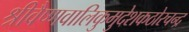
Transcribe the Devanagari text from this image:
श्रीवैष्णवालिकुमुदेशकठोरचन्द्र